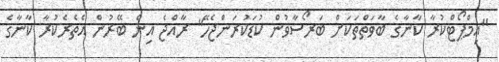
"އިމްޕޯޓްކުރާ ކާނާގެ ބާވަތްތަކަށް ބަރޯސާވުން ކުޑަކުރަންޖެހޭ" ރާއްޖެ އިން ބޭރުން އެތެރެކުރާ ކާނާގެ